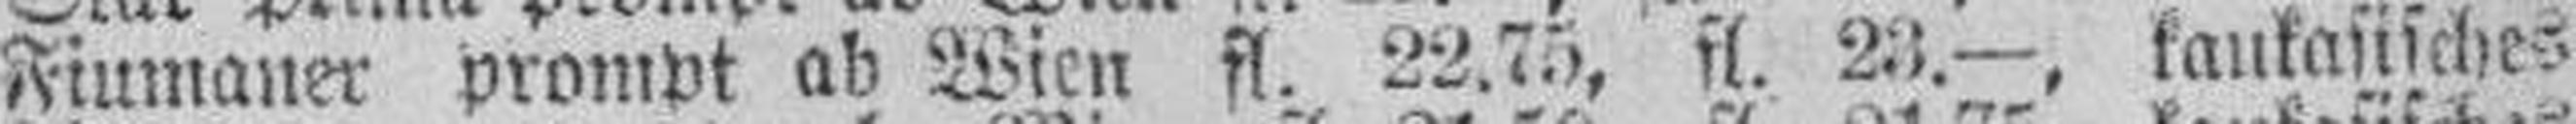
Fiumaner prompt ab Wien fl. 22.75, fl. 23.—, kaukasisches